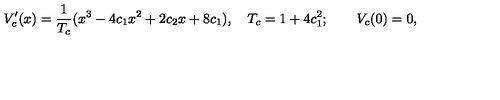
V _ { c } ^ { \prime } ( x ) = \frac { 1 } { T _ { c } } ( x ^ { 3 } - 4 c _ { 1 } x ^ { 2 } + 2 c _ { 2 } x + 8 c _ { 1 } ) , \quad T _ { c } = 1 + 4 c _ { 1 } ^ { 2 } ; \qquad V _ { c } ( 0 ) = 0 ,